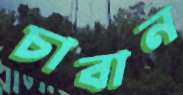
চাবান